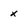
Character: x